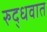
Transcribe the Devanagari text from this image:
रुद्धवात